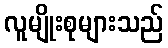
လူမျိုးစုများသည်